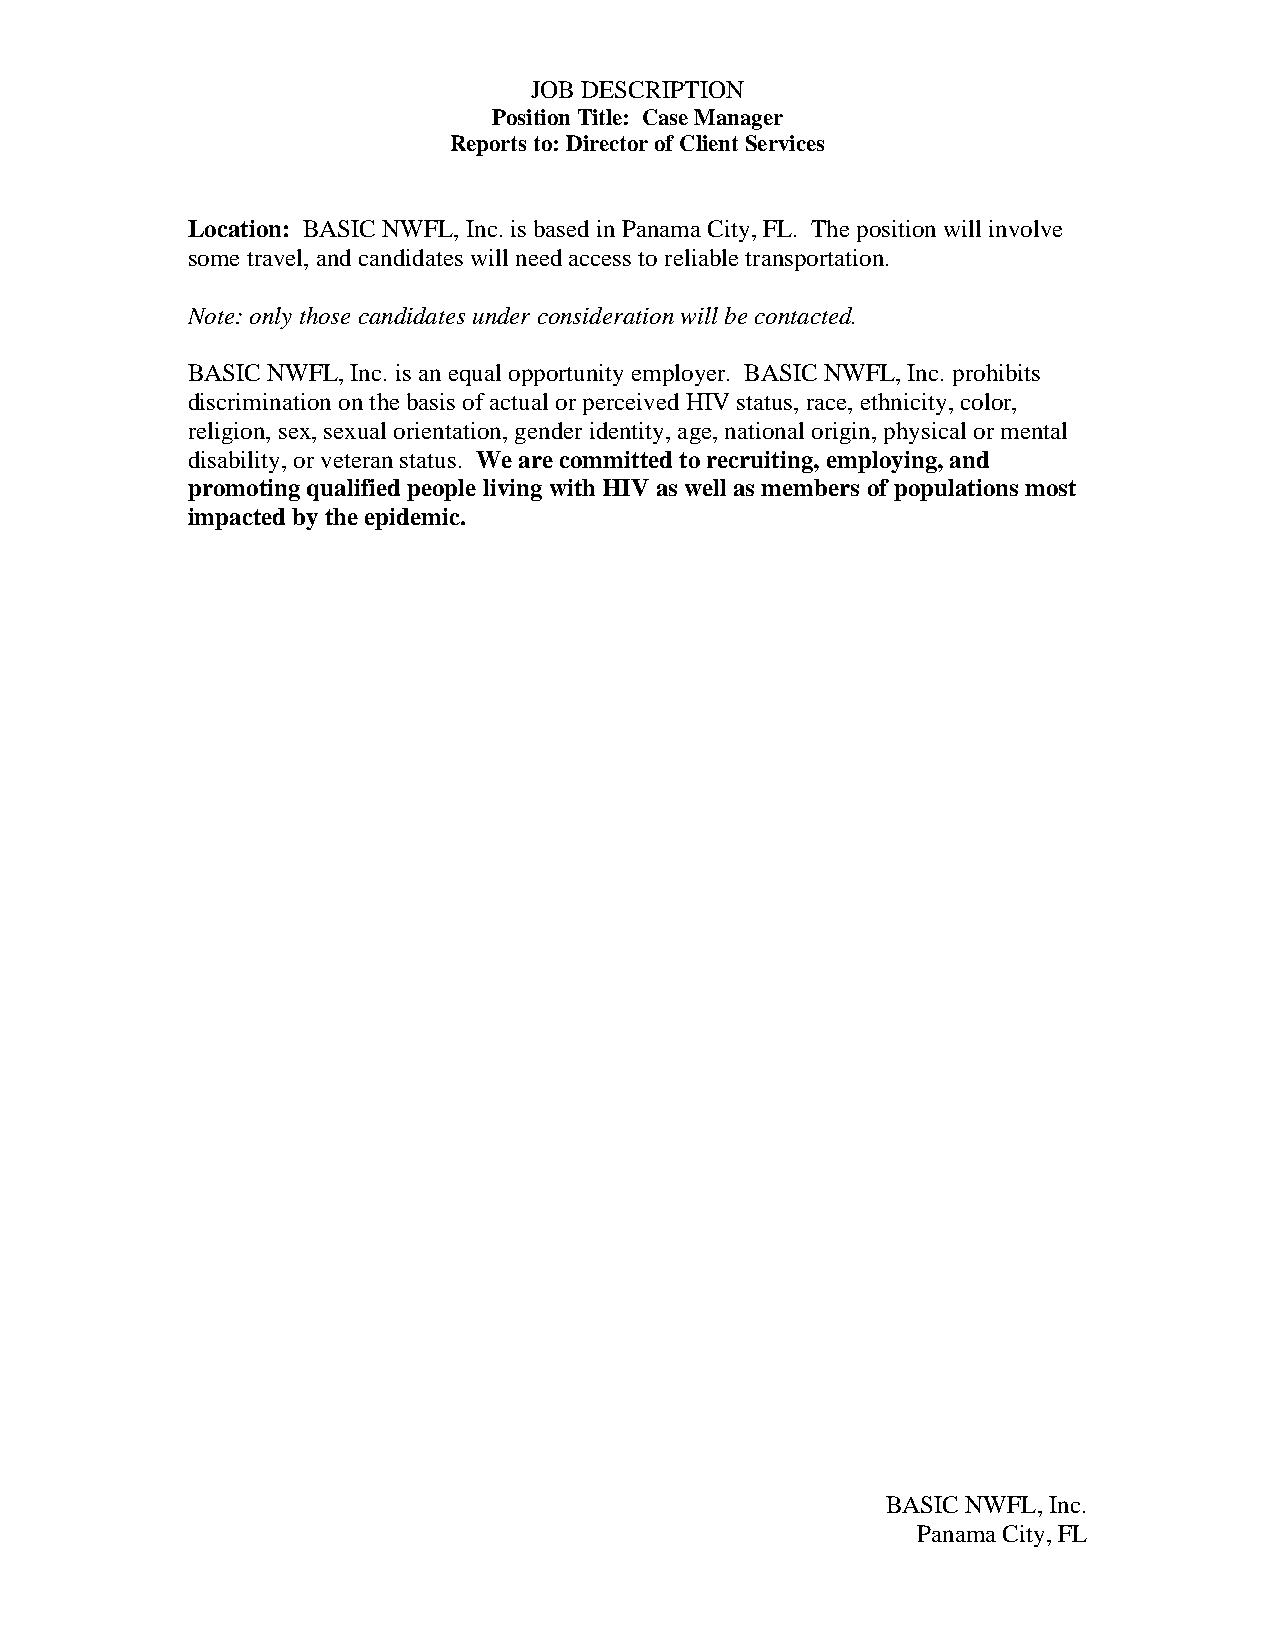
JOB DESCRIPTION
 Position Title: Case Manager
 Reports to: Director of Client Services
 Location: BASIC NWFL, Inc. is based in Panama City, FL. The position will involve
 some travel, and candidates will need access to reliable transportation.
 Note: only those candidates under consideration will be contacted.
 BASIC NWFL, Inc. is an equal opportunity employer. BASIC NWFL, Inc. prohibits
 discrimination on the basis of actual or perceived HIV status, race, ethnicity, color,
 religion, sex, sexual orientation, gender identity, age, national origin, physical or mental
 disability, or veteran status. We are committed to recruiting, employing, and
 promoting qualified people living with HIV as well as members of populations most
 impacted by the epidemic.
 BASIC NWFL, Inc.
 Panama City, FL